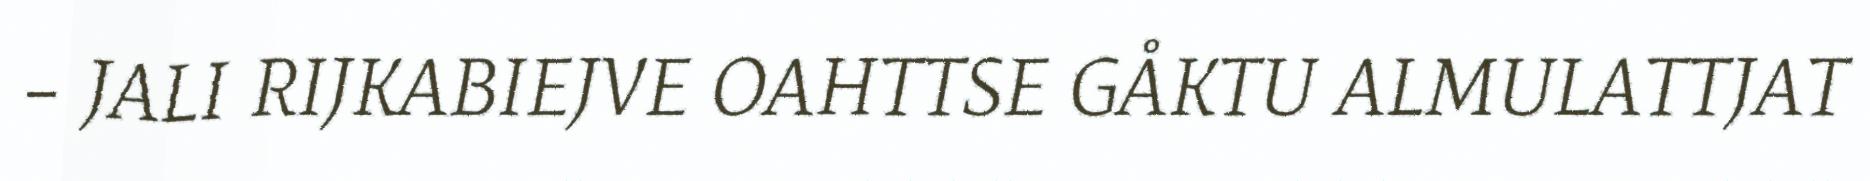
– JALI RIJKABIEJVE OAHTTSE GÅKTU ALMULATTJAT